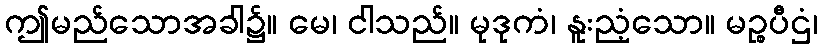
ဤမည်သောအခါ၌။ မေ၊ ငါသည်။ မုဒုကံ၊ နူးညံ့သော။ မဉ္စပီဌံ၊